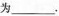
为_____________。